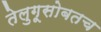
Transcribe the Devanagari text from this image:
तेलुगूसोबतच